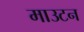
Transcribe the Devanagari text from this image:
माउटन